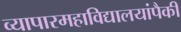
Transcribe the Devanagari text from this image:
व्यापारमहाविद्यालयांपैकी